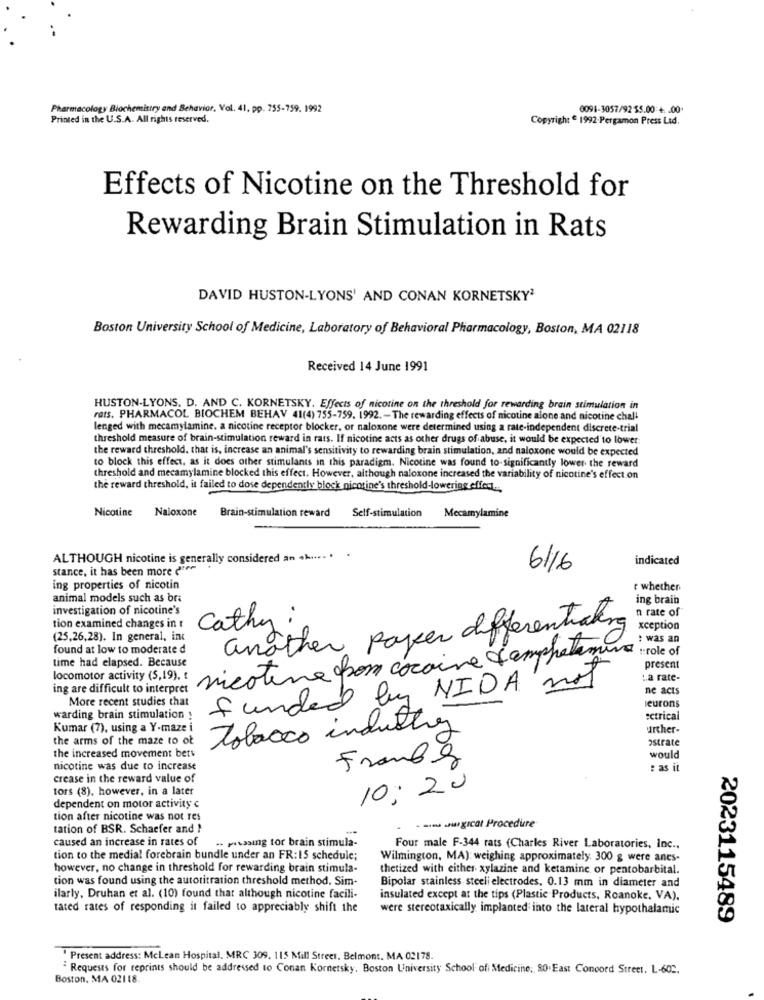
Pharmacology Biochemistry and Behavior, Vol. 41, pp. 755-759. 1992
0091-3057/92 55.00 +. . 00.
Printed in the U.S.A. All rights reserved.
Copyright 1992-Pergamon Press Led.
Effects of Nicotine on the Threshold for
Rewarding Brain Stimulation in Rats
DAVID HUSTON-LYONS' AND CONAN KORNETSKY2
Boston University School of Medicine, Laboratory of Behavioral Pharmacology, Boston, MA 02118
Received 14 June 1991
HUSTON-LYONS. D. AND C. KORNETSKY. Effects of nicotine on the threshold for rewarding brain stimulation in
rats. PHARMACOL BIOCHEM BEHAV 41(4) 755-759. 1992. - The rewarding effects of nicotine alone and nicotine chal-
lenged with mecamylamine. a nicotine receptor blocker, or naloxone were determined using a rate-independent discrete-trial
threshold measure of brain-stimulation reward in rats. If nicotine acts as other drugs of abuse, it would be expected to lower
the reward threshold. that is, increase an animal's sensitivity to rewarding brain stimulation, and naloxone would be expected
to block this effect, as it does other stimulants in this paradigm. Nicotine was found to-significantly lower the reward
threshold and mecamylamine blocked this effect. However, although naloxone increased the variability of nicotine's effect on
the reward threshold, it failed to dose dependently block nicotine's threshold-lowering effect ...
Nicotine
Naloxone
Brain-stimulation reward
Self-stimulation
Mecamylamine
ALTHOUGH nicotine is generally considered an
indicated
stance, it has been more d'en
6/6
ing properties of nicotin
r whether
animal models such as bra
ing brain
investigation of nicotine's
n rate of
Cathy .
another paker differentiating
tion examined changes in r
xception
(25,26,28). In general, inc
: was an
found at low to moderate d
nicotine pom cocaine l'amphetamine
:: role of
time had elapsed. Because
present
locomotor activity (5,19), t
funded by NIDA not
La rate-
ing are difficult to interpret
ne acts
More recent studies chat
leurons
warding brain stimulation !
:ctrical
Kumar (7), using a Y-maze i
tobacco industry
further-
the arms of the maze to ot
ostrate
the increased movement bety
France
would
nicotine was due to increase
: as it
crease in the reward value of
tors (8), however, in a later
10: 20
dependent on motor activity e
tion after nicotine was not res
tation of BSR. Schaefer and }
· min Jagicat Procedure
caused an increase in rates of
.. pitasing tor brain stimula-
Four male F-344 rats (Charles River Laboratories, Inc .,
tion to the medial forebrain bundle under an FR:15 schedule;
Wilmington, MA): weighing approximately. 300 g were anes-
however, no change in threshold for rewarding brain stimula-
thetized with either xylazine and ketamine or pentobarbital.
tion was found using the autoritration threshold method. Sim-
Bipolar stainless steeli electrodes, 0.13 mm in diameter and
ilarly, Druhan et al. (10) found that although nicotine facili-
insulated except at the tips (Plastic Products, Roanoke. VA).
tated rates of responding it failed to appreciably shift the
were stereotaxically implanted into the lateral hypothalamic
2023115489
"Present address: Mclean Hospital, MRC 309, 115 Mill Street. Belmont. MA 02178.
" Requests for reprints should be addressed to Conan Kornetsky, Boston University School of Medicine, 80. East Concord Street. L-602.
Boston, MA 02118.